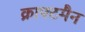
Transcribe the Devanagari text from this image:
क्राफ्टमैन